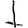
Digit: 1